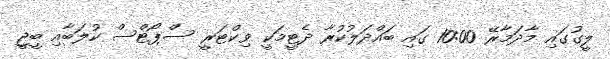
ލީގުގައި މާދަމާރޭ 10:00 ގައި ބައްދަލުކުރާ ދެޓީމަކީ ވިކްޓަރީ ސްޕޯޓްސް ކުލަބާއި ބީޖީ